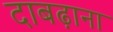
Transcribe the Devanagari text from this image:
दाबढ़ाना